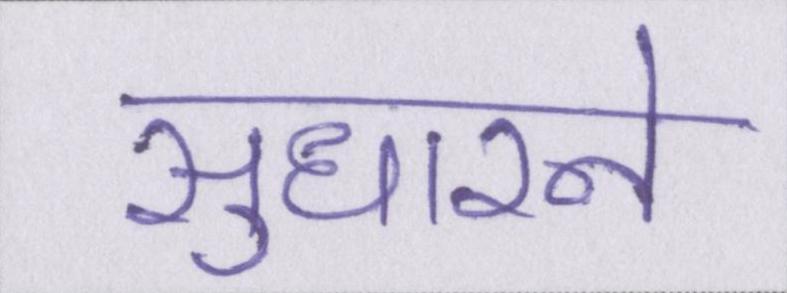
सुधारने